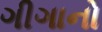
ગીગાનો